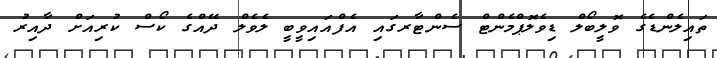
ތައިލެންޑެގެ ވޮލީބޯލް ޑިވެލޮޕްމެންޓް ސެންޓާރގައި އެފްއައިވީބީ ލެވެލް ދޭއްގެ ކޯސް ކުރިއަށް ދާއިރު